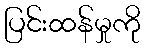
ပြင်းထန်မှုကို